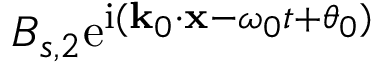
B _ { s , 2 } \mathrm { e } ^ { \mathrm { i } ( \mathbf { k } _ { 0 } \cdot \mathbf { x } - \omega _ { 0 } t + \theta _ { 0 } ) }